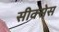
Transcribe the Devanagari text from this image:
सीक्सेस